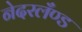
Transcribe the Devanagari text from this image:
नेदरलँण्ड